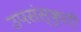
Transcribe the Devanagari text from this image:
उपसंस्कृती